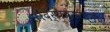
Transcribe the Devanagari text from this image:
सौंदर्यप्रसाधनेच